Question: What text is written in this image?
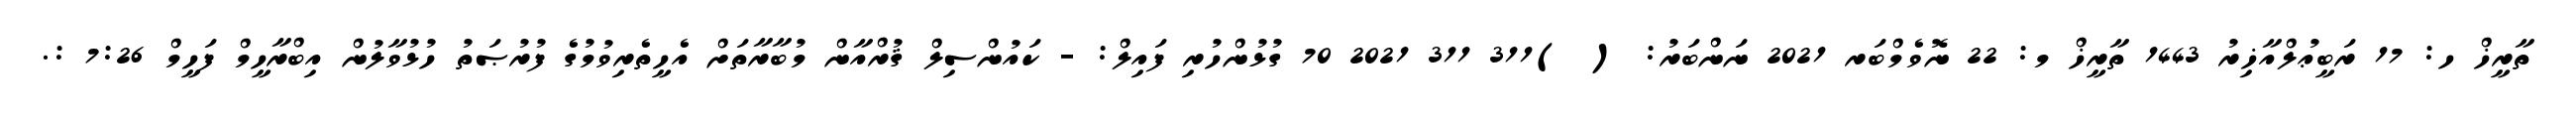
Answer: ތާރީޚް ހ: 17 ރަބީޢުލްއާޚިރު 1443 ތާރީޚް މ: 22 ނޮވެމްބަރ 2021 ނަންބަރު: ( )311 311 2021 70 ގުޅުންހުރި ފައިލް: - ކައުންސިލް ޤުރްއާން މުބާރާތަށް އެހީތެރިވުމުގެ ފުރުޞަތު ހުޅުވާލުން އިބްރާހީމް ފަހީމް 7:26 :.